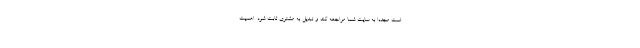
است مجددا به سایت شما مراجعه کند و تبدیل به مشتری ثابت شود. اهمیت